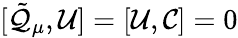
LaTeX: [\tilde{\cal Q}_{\mu},{\cal U}]=[{\cal U},{\cal C}]=0